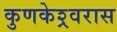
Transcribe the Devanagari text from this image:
कुणकेश्र्वरास